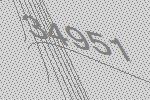
34951